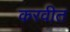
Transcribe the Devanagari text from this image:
करवीत